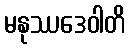
မနုဿဒေဝါတိ